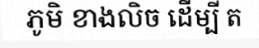
ភូមិ ខាងលិច ដើម្បី ត